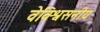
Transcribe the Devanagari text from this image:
वेविश्वसनीय